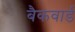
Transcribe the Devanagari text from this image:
बैकवार्ड